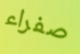
صفراء